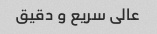
عالی سریع و دقیق